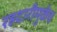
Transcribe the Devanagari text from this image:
रहदारीमुळेच